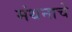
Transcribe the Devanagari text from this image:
मंथनाचे